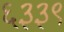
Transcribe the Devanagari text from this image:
६३३९